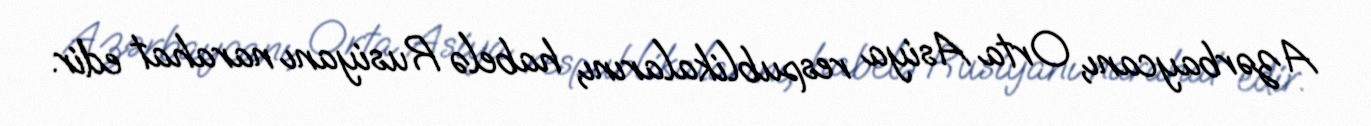
Azərbaycanı, Orta Asiya respublikalarını, habelə Rusiyanı narahat edir.